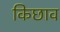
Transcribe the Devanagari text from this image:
किछाव